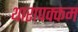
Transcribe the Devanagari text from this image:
थारापक्कम